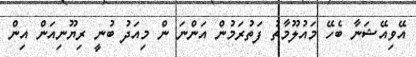
އޭވިއޭޝަނާ ބެހޭ މައުލޫމާތު ފަތުރަމުން އަންނަ ން މިއަދު ބުނީ ރިޔޫނިއަން އިން